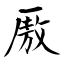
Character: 厫